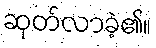
ဆုတ်လာခဲ့၏။